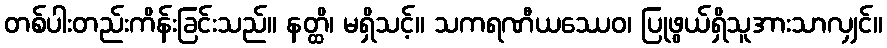
တစ်ပါးတည်းကိန်းခြင်းသည်။ နတ္ထိ၊ မရှိသင့်။ သကရဏီယဿေဝ၊ ပြုဖွယ်ရှိသူအားသာလျှင်။